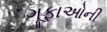
ગૂફાઓની